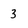
Character: 3